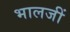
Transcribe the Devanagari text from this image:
भालजीं